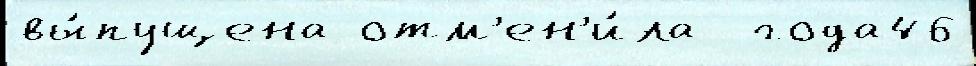
вы́пущена отм'ен'и́ла  года46